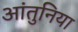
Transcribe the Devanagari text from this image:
आंतुनिया